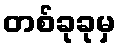
တစ်ခုခုမှ